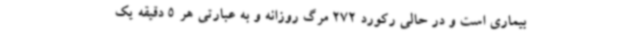
بیماری است و در حالی رکورد 272 مرگ روزانه و به عبارتی هر 5 دقیقه یک